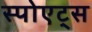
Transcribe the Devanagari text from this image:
स्पोएट्स